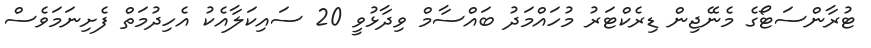
ޓުރާންސަޓޯގެ މެނޭޖިން ޑިރެކްޓަރު މުހައްމަދު ބައްސާމް ވިދާޅުވީ 20 ސައިކަލާއެކު އެހިދުމަތް ފެށިނަމަވެސް